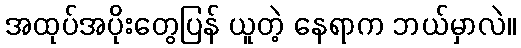
အထုပ်အပိုးတွေပြန် ယူတဲ့ နေရာက ဘယ်မှာလဲ။